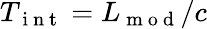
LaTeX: T_{\mathrm{~i~n~t~}}=L_{\mathrm{~m~o~d~}}/c